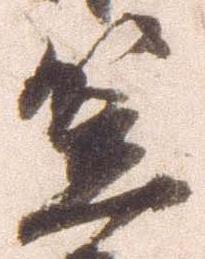
笠